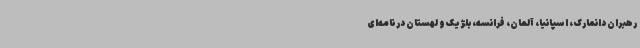
رهبران دانمارک، اسپانیا، آلمان، فرانسه، بلژیک و لهستان در نامه‌ای